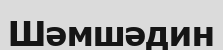
Шәмшәдин